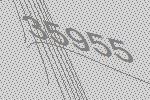
35955